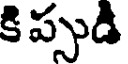
కి ప్పుడి